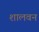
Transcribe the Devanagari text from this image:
शालवन